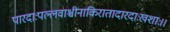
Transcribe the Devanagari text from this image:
पारदाःपल्लवाश्चीनाकिरातादारदाःखशाः।।